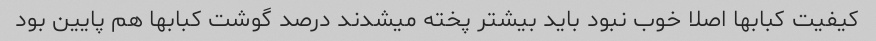
کیفیت کبابها اصلا خوب نبود باید بیشتر پخته میشدند درصد گوشت کبابها هم پایین بود